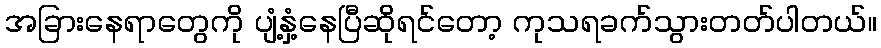
အခြားနေရာတွေကို ပျံ့နှံ့နေပြီဆိုရင်တော့ ကုသရခက်သွားတတ်ပါတယ်။